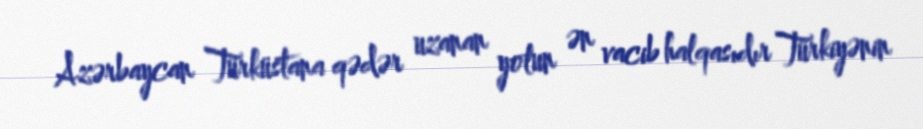
Azərbaycan Türküstana qədər uzanan yolun ən vacib halqasıdır Türkiyənin